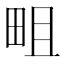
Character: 𤱌